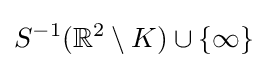
S^{-1}(\mathbb {R} ^{2}\setminus K)\cup \{\infty \}